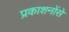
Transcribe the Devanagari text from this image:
प्रकाशनोंसे